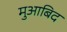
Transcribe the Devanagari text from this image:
मुआबिद